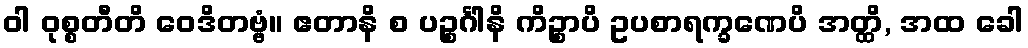
ဝါ ဝုစ္စတီတိ ဝေဒိတဗ္ဗံ။ ဧတာနိ စ ပဉ္စင်္ဂါနိ ကိဉ္စာပိ ဥပစာရက္ခဏေပိ အတ္ထိ, အထ ခေါ